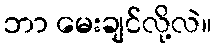
ဘာ မေးချင်လို့လဲ။